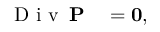
\begin{array} { r l } { \mathrm { ~ D ~ i ~ v ~ } \, \mathbf { P } } & { { } = \mathbf { 0 } , } \end{array}